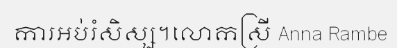
ការអប់រំសិស្ស។លោកស្រី Anna Rambe